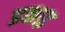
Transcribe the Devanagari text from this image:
इकाइ